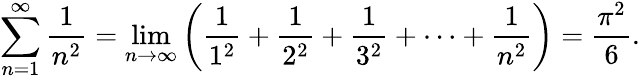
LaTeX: \sum_{n=1}^{\infty}{\frac{1}{n^{2}}}=\operatorname*{lim}_{n\to\infty}\left({\frac{1}{1^{2}}}+{\frac{1}{2^{2}}}+{\frac{1}{3^{2}}}+\cdots+{\frac{1}{n^{2}}}\right)={\frac{\pi^{2}}{6}}.